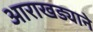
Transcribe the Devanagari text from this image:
आराखड्याने